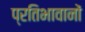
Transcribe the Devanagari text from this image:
प्रतिभावानों